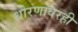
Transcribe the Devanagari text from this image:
धोरणावरही